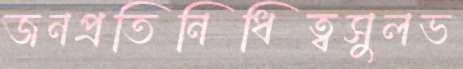
জনপ্রতিনিধিত্বসুলভ